NAE_ERA_R-1665_Eesti_Kunstnike_Liit, lk 14
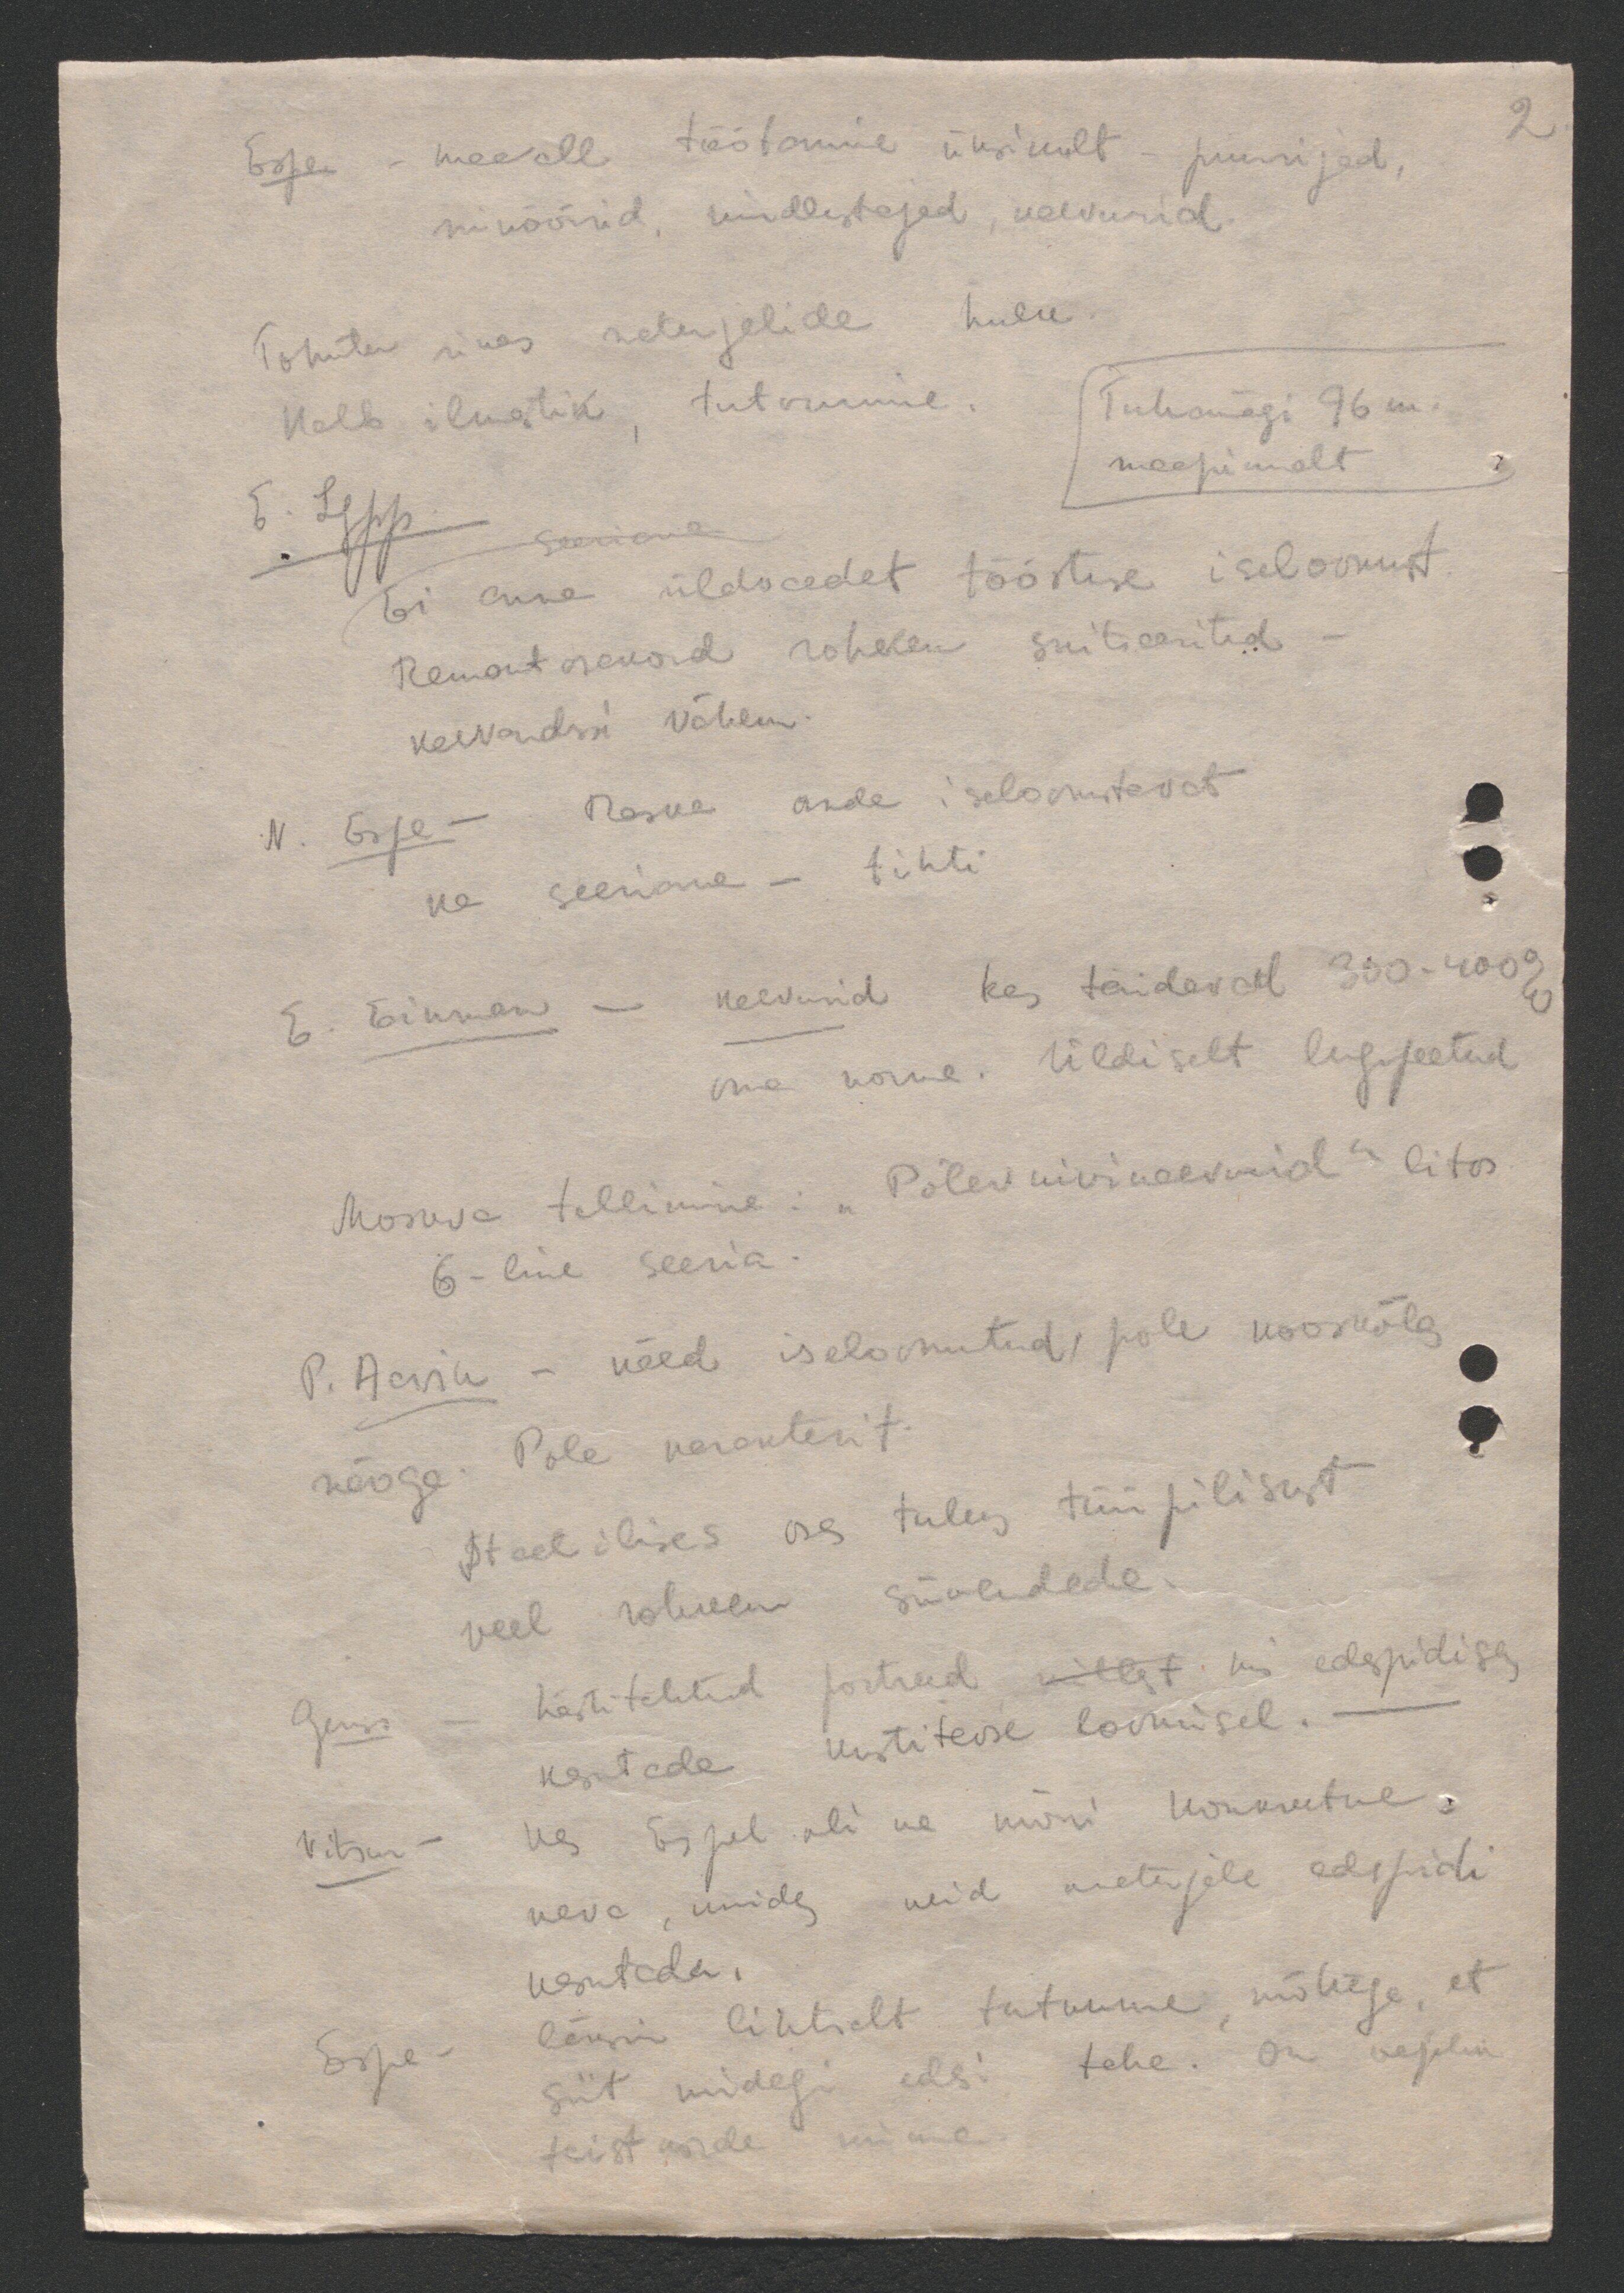
2

Espe maa all töötamine üksikult - puurijad,
sinöörid, kindlustajad, kaevurid
Tohuta riides materjalide kulu.
Halb ilmastik, tutvumine
Tuhamagi 96 m.
maapinnalt
E. Lepp
Seeriana
Ei anna üldvaadet tööstuse iseloomust
Remont osakond rohkem suitseeritud
kaevandusi vähem.
N. Espe - Raske anda iseloomustavat
ke seeriana - tihti
E. Einman - kaevurid kes täidavad 350-400%
oma norme. Üldiselt lugupeetud
Moskva tellimine: "Põlevkivikaevurid" litos
6-line seeria.
P. Aavik - näod iseloomutud, pole kooskõla
näoga. Pole karakterit.
Staatilises osas tuleks tüüpilisust
veel rohkem süvendada.
hästi tehtud portreed millt. mis edaspidi sa
Gens
kasutada kunstiteose loomisel. -
Vitsur- Kas Espel oli ka mõni konkreetne
kava, kuidas neid materjale edaspidi
kasutada.
läksin lihtsalt tutvuma, mõttega, et
Espe
siit midagi edasi teha. On vajalik
teist korda minna